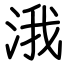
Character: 涐